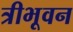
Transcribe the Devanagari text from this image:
त्रीभूवन